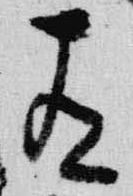
有